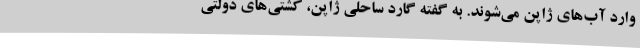
وارد آب‌های ژاپن می‌شوند. به گفته گارد ساحلی ژاپن، کشتی‌های دولتی